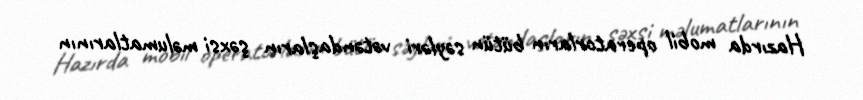
Hazırda mobil operatorların bütün səyləri vətəndaşların şəxsi məlumatlarının